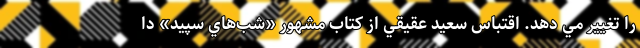
را تغيير مي دهد. اقتباس سعيد عقيقي از كتاب مشهور «شب‌هاي سپيد» دا